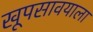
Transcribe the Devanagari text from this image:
खूपसावयाला